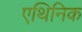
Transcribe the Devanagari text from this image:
एथिनिक